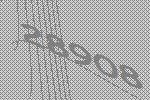
28908